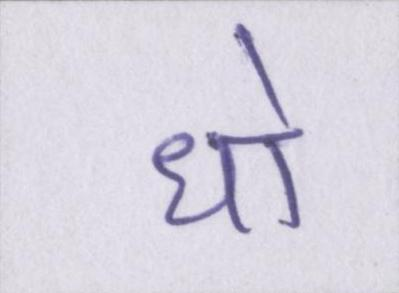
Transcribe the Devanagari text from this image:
धो